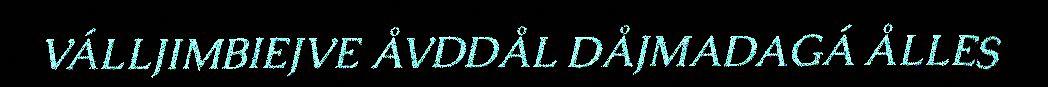
VÁLLJIMBIEJVE ÅVDDÅL DÅJMADAGÁ ÅLLES